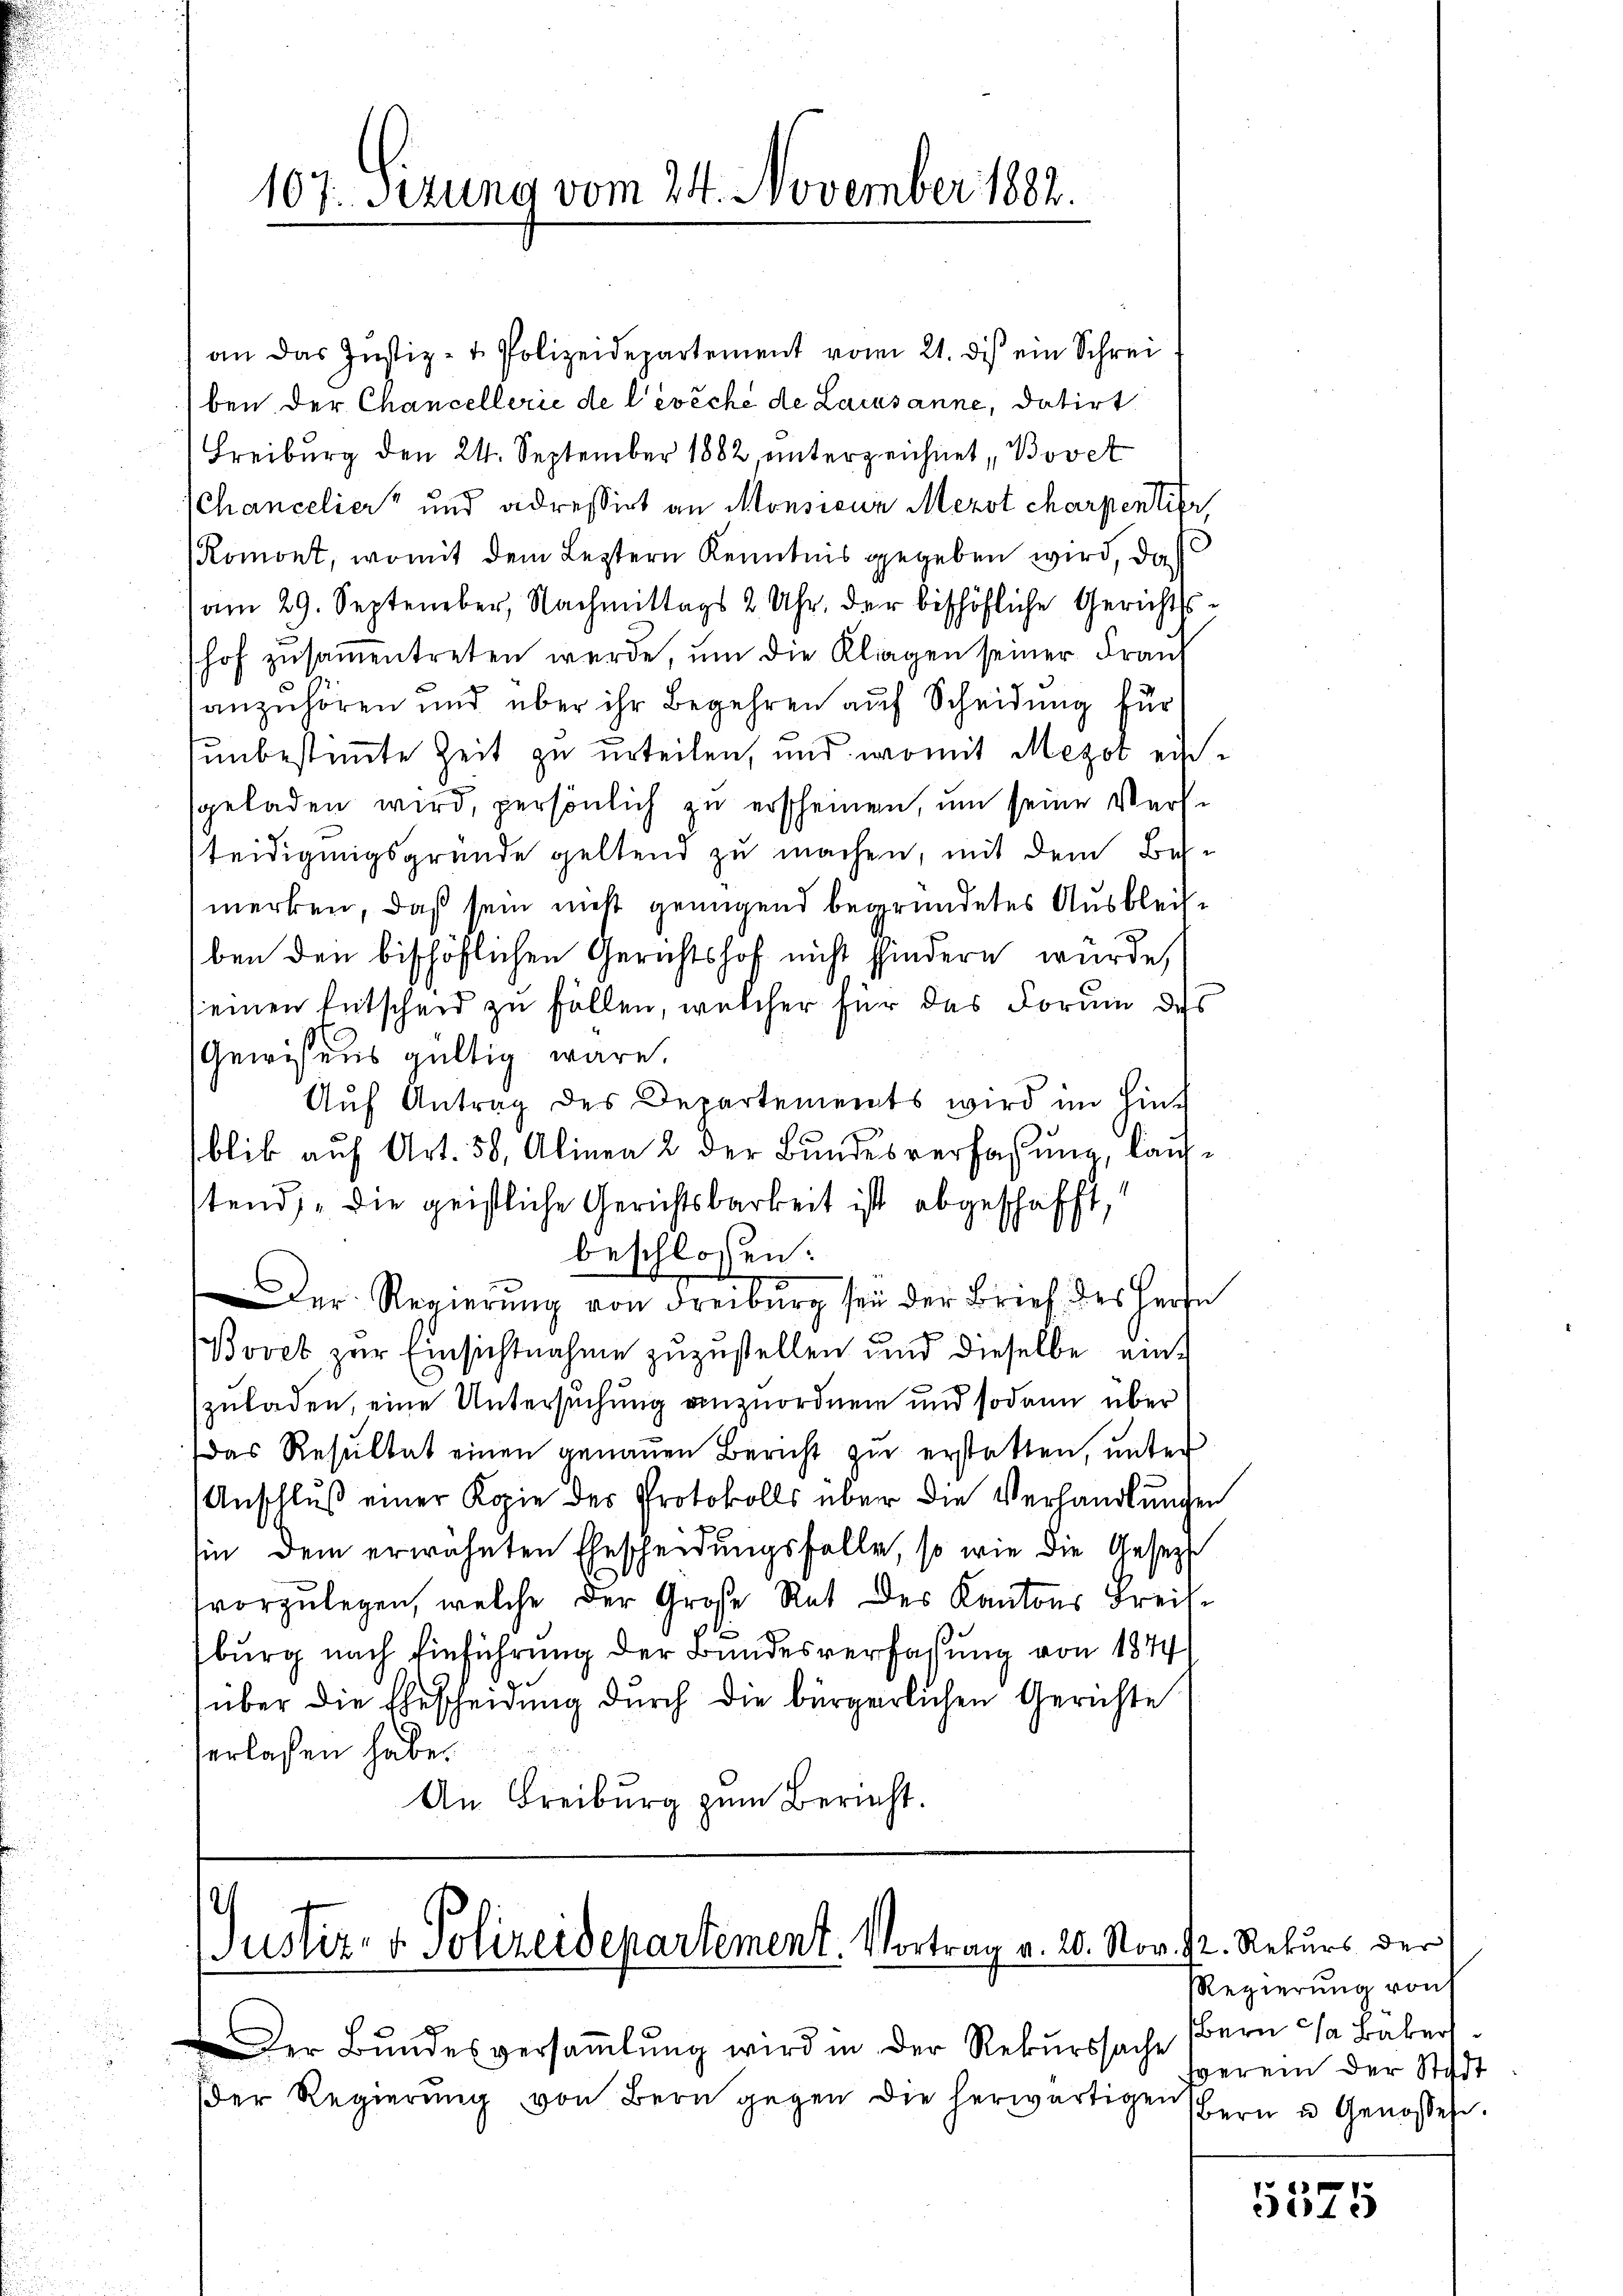
107. Sirung vom 24. November 1882.

an das Justiz- & Polizeidepartement vom 21. dis ein Schrei
ben der Chancellerie de l’évêché de Lausanne, datirt
Freiburg den 24. September 1882, unterzeichnet, Bovet
Chancelier“ und adressirt an Monsieur Mezot charpentier,
Romont, womit dem Leztern Kenntnis gegeben wird, daß
am 29. September, Nachmittags 2 Uhr, der bischöfliche Gerichtsshof zusammentreten werde, um die Klingen seiner Franz
anzuhören und über ihr Begehren auf Scheidung für
sunbestimmte Zeit zu urteilen, und womit Megot ersgeladen wird, persönlich zu erscheinen, um seine Verteidigungsgründe geltend zu machen, mit dem Besmerken, daß sein nicht genügend begründetes Ausbleitben den bischöflichen Gerichtshof nicht sindern wurde,
einen Entscheid zu fällen, welcher für das Forum des
Gewisens gültig wäre.
Aŭf Antrag des Departements wird im Hint
blik auf Art. 58, Alinea 2 der Bundesverfassung, lauftend, die geistliche Gerichtsbarkeit ist abgeschafft,
beschlossen:
Der Regierŭng von Freiburg sei der Brief des Herrn
Bovet zur Einsichtnahme zuzustellen und dieselbe einzuladen, eine Untersuchung anzuordnen und sodann über
das Resŭltat einen genaŭen Bericht zŭ erstatten, ŭnter
Anschluß einer Kopie des Protokolls über die Verhandlungen
hin dem erwähnten Ehescheidungsfalle, so wie die Gesetzt
vorzulegen, welche der Große Rat des Kantons Kreisburg nach Einführung der Bundesverfassung von 1874
über die Ehescheidung durch die bürgerlichen Gerichte
erlassen habe.
An Freiburg zum Bericht.

Justiz- & Polizeidepartement. Vortrag a. 20. Nov. h. Rekurs der

Der Bŭndesversaṁlŭng wird in der Rekurssache
der Regierung von Bern gegen die herwärtigen

RRegierung von
Bern da Baber
sverei der Stadt
Bern u Genosses.

5525